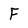
Character: F